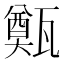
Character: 㽀